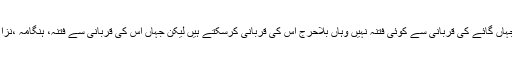
گائے اللہ کی طرف سے حلال ہے اور اس کی قربانی کرنا بھی صحیح حدیث سے ثابت ہے اس لئے جہاں گائے کی قربانی سے کوئی فتنہ نہیں وہاں بلاحرج اس کی قربانی کرسکتے ہیں لیکن جہاں اس کی قربانی سے فتنہ، ہنگامہ ،نزاع اور قتل کی نوبت آنے کا خدشہ ہو وہاں اس کی قربانی سے بچنے میں ہی مسلمانوں کی عافیت ہے ۔